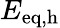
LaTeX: E_{\mathrm{eq},\mathrm{h}}